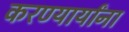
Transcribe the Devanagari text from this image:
करण्यार्यांना